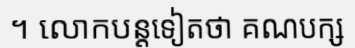
។ លោកបន្តទៀតថា គណបក្ស